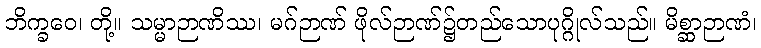
ဘိက္ခဝေ၊ တို့။ သမ္မာဉာဏိဿ၊ မဂ်ဉာဏ် ဖိုလ်ဉာဏ်၌တည်သောပုဂ္ဂိုလ်သည်။ မိစ္ဆာဉာဏံ၊